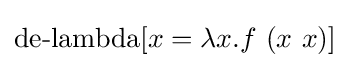
\operatorname {de-lambda} [x=\lambda x.f\ (x\ x)]